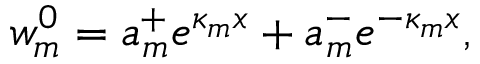
w _ { m } ^ { 0 } = a _ { m } ^ { + } e ^ { \kappa _ { m } x } + a _ { m } ^ { - } e ^ { - \kappa _ { m } x } ,